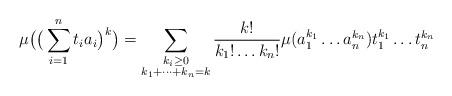
LaTeX: \begin{align*} \mu \big( \big( \sum_{i=1}^n t_i a_i \big)^k \big) = \sum_{\substack{k_i\ge 0\\ k_1 + \dots + k_n = k}} \frac{k!}{k_1! \dots k_n!} \mu(a_1^{k_1}\dots a_n^{k_n}) t_1^{k_1}\dots t_n^{k_n}\end{align*}